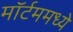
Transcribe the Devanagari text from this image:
मॉर्टममध्ये